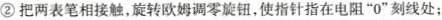
②把两表笔相接触，旋转欧姆调零旋钮，使指针指在电阻”0”刻线处；